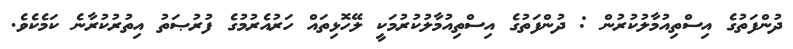
ދުންފަތުގެ އިސްތިއުމާލުކުރުން : ދުންފަތުގެ އިސްތިއުމާލުކުރުމަކީ ލޭހޮޅިތައް ހަރުއެރުމުގެ ފުރުޞަތު އިތުރުކުރާނެ ކަމެކެވެ.